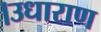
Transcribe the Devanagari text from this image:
।उधाराण